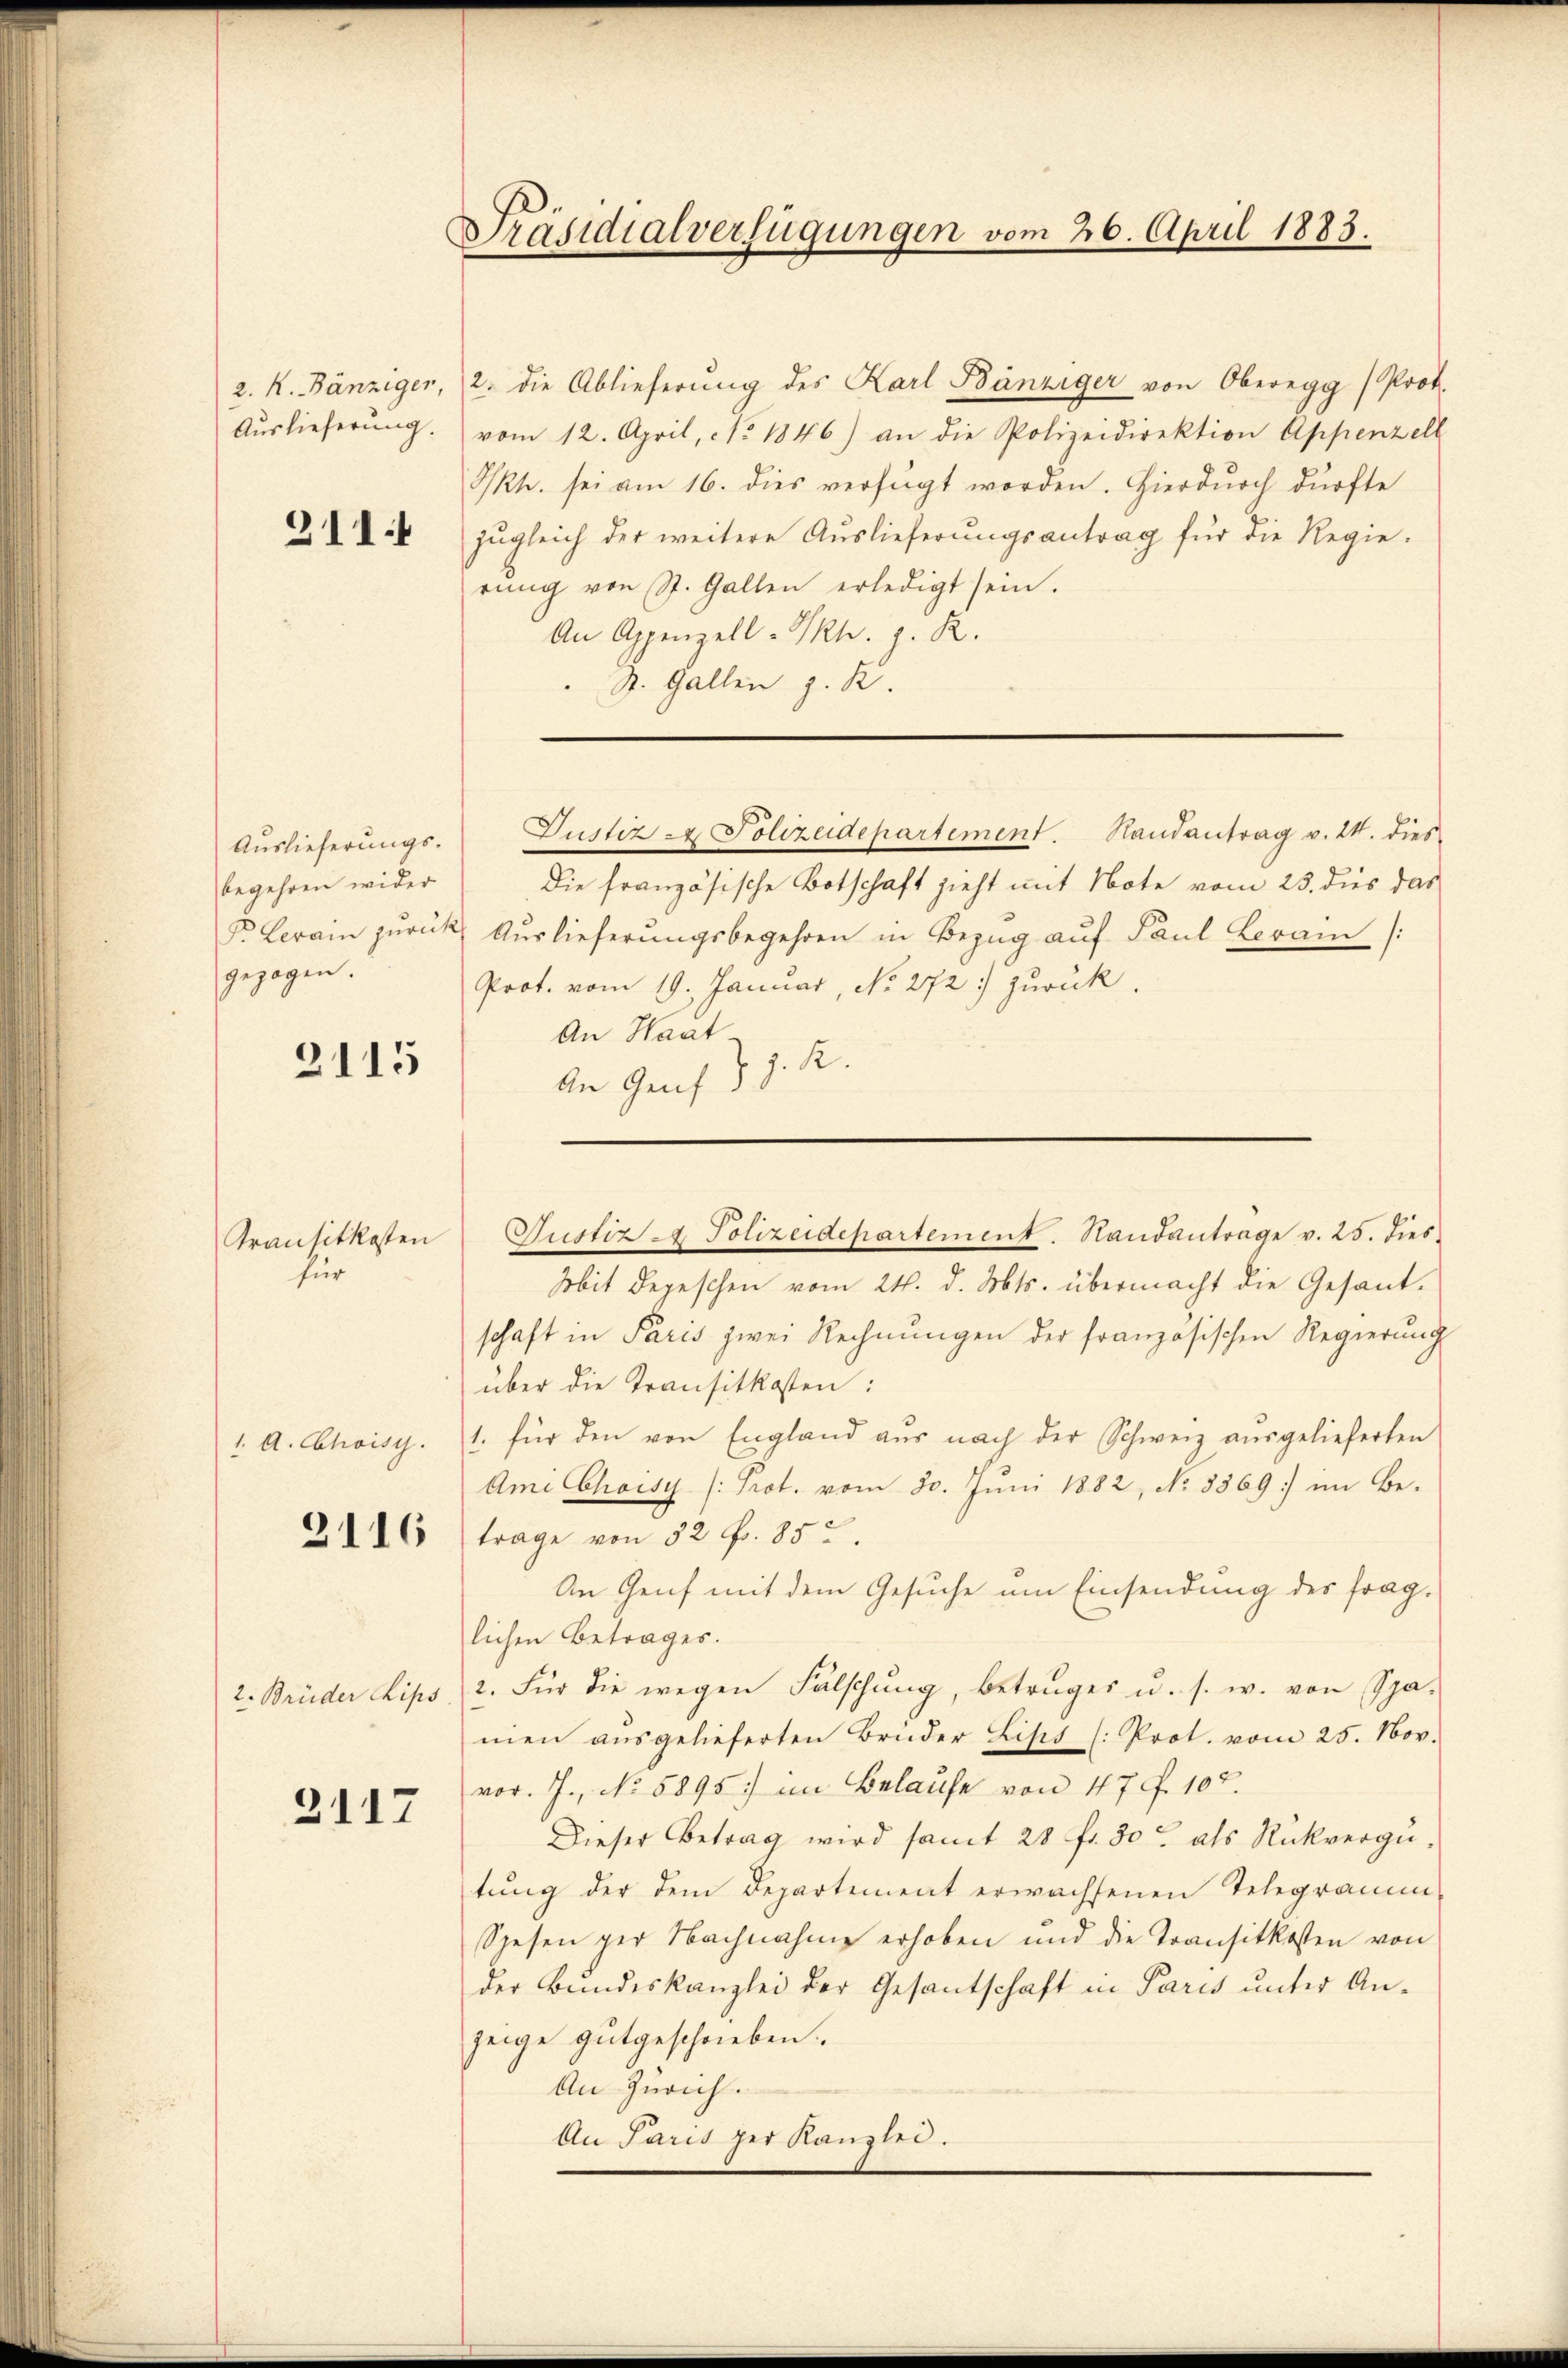
2. K. Bänziger,
Auslieferung.

Auslieferungs-
begehren wider
D Lerain zurück
gezogen.

für

211:1

2115

Transitkosten

1. A. Choisy.

2116

2. Brüder Lips

2117

Präsidialverfügungen vom 26. April 1883.

2. die Ablieferŭng des Karl Bänziger von Oberegg (Prok.
vom 12. April, No. 1846) an die Polizeidirektion Appenzell
IRh. sei am 16. dies verfügt worden. Hierdurch dürfte
zŭgleich der weitere Auslieferŭngsantrag für die Regie-
rŭng von St. Gallen erledigt sein.
An Appenzell-PRh. g. R.
St. Gallen z. B.

Justiz & Polizeidepartement. Handantrag v. 24. dies

Die französische Botschaft zieht mit Note vom 23. dies das
Auslieferungsbegehren in Bezug auf Paul Lerain /:
Prot. vom 19. Januar, No. 272. zurück.
An Haat
An Genf. J. J. K.

Mit Depeschen vom 24. d. Mts. übermacht die Gesand-
schaft in Paris zwei Rechnungen der französischen Regierung
über die Transitkosten:
1. für den von England aŭs nach der Schweiz ausgelieferten
Ami Choisy (Prot. vom 30. Juni 1882, No 8569) im Be-
trage von 52 fr. 852.
An Genf mit dem Gesuche um Einsendung des fraglichen Betrages.
2. Für die wegen Fälschŭng, betrüget u. s. w. von Spa-
men aŭsgelieferten Brüder Lips (: Prot. vom 25. Nov.
vor. J., No. 5895) im Belaufe von 47 f. 107.
Dieser Betrag wird samt 28 fr. 30 als Rückvergütung der dem Departement erwachsenen Telegramm-
Spesen per Nachnahme erhoben und die Transitkosten von
der Bundeskanzlei der Gesantschaft in Paris unter An-
zeige gutgeschrieben.
An Zürich.
An Paris her Kanzlei.

Justiz - Polizeidepartement. Standantrage v. 25. dies